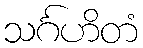
သင်္ဂဟိတံ